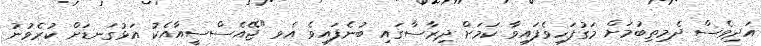
އަދިވެސް ދެމިތިބުމަށް މަގުފަހިވެފައިވާ ކަމަށް ދިރާސާގައި ބުނެފައިވެ އެވ "ޖޭއެސްސީއާއެކު އަޅުގަނޑަށް ކުރެވުނު